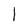
Character: I